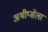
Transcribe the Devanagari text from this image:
अभीप्सेला